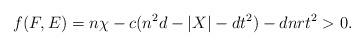
LaTeX: \begin{align*}f(F,E)=n\chi-c(n^2d-|X|-dt^2)-dnrt^2> 0. \end{align*}